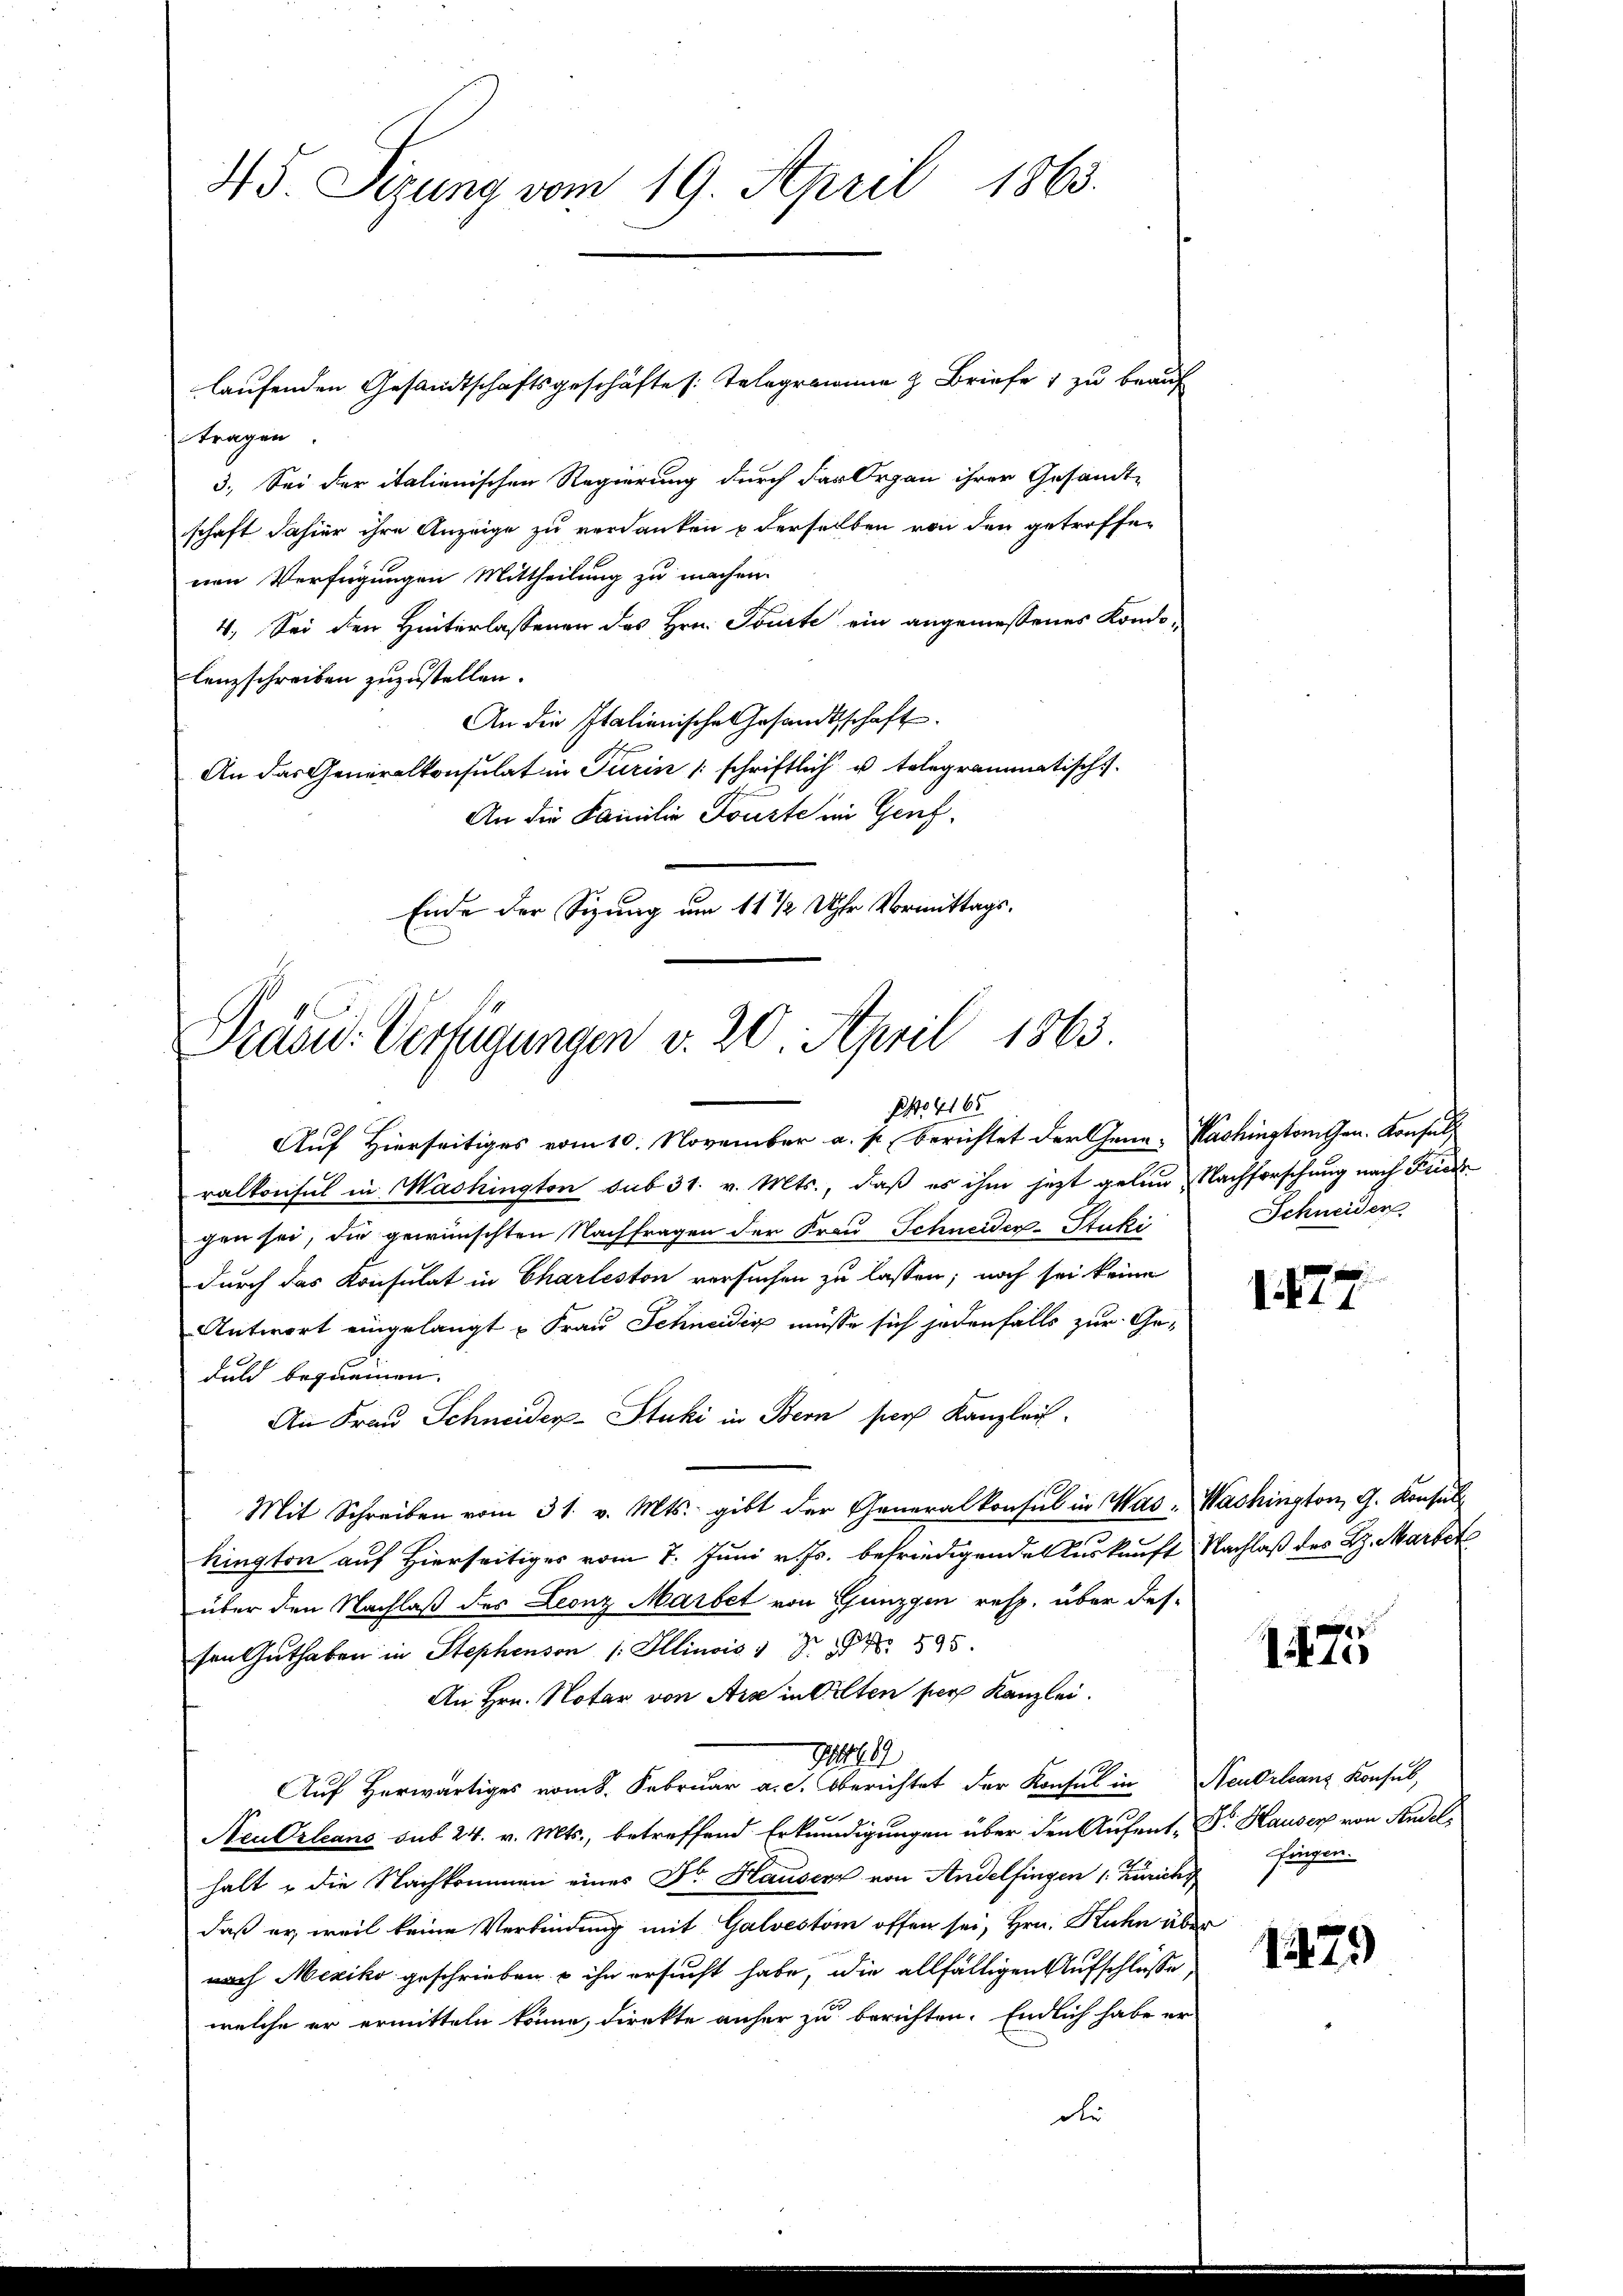
45. Sizung vom 19. April 1863.

laufenden Gesandtschaftsgeschäfte : Telegerinne z. Briefe 1 zu beauf
tragen.
3. Sei der italienischen Regierung durch der Organ ihrer Gesandtschaft dahier ihre Anzeige zu verdanken u derselben von den getroffen
nen Verfügungen Mittheilung zu machen.
4. Sei den Hinterlassenen des Hrn. Toute ein angemessenes Kondilenzschreiben zuzustellen.
An die Italienische Gesandtschaft
An das Generalkonsulat in Turin schriftlich u telegrammatisch
An die Familie Sonste im Genf¬
Ende der Sizung um 11 1/2 Uhr Vormittags.

Präsid. Verfügungen v. 20. April 1863.
NNo. 4165

Auf Hierseitiges vom 10. November a. p. berichtet der Gene-Hashingtongen. Konsuls
ralkonsul in Mashington sub 31. v. Mts., daß es ihm jetzt gelen Nachforschung nach Friede
gen sei, die gewünschten Nachfragen der Frau Schneider-Stuki
durch das Konsulat in Charleston versuchen zu lassen, noch sei keine
Antwort eingelangt u Frau Schneidig müsse sich jedenfalls zur Ge-
duld bequemen.
An Frau Schneider-Stuki in Bern für Kanzleit
Mit Schreiben vom 31. v. Mts. gibt der Generalkonsul in Was Washington G. Konsul
kington auf Hierseitiges vom 7. Juni v. Js. befriedigende Auskunft Nachlaß des H. Martet
über den Nachlaß des Leonz Marbet von Ganzen resp. über des-
sen Guthaben in Stephenson /: Illinois" Dr. Fr. 595.
An Hrn. Notar von Ara in Olten per Kanzlei.
211491
Auf Herwärtiges vom 8. Februar a.c. Oberichtet der Konsul in Neudrleanz Konsul,
2
Neu Orleans sub 24. v. Mts., betreffend Erkundigungen über den Aufent- Dr. Hauser von Andelhalt u die Nachkommen eines Dr. Hausers von Andelfingen 1. Zürichy fingen.
daß er, weil keine Verbindung mit Galvestom offen sei, Hrn. Kuhn über
nach Mexiko geschrieben u ihn ersucht habe, die allfälligen Aufschlüsse,
welche er ermitteln könne, direkte anher zu berichten. Endlich habe er
die

Schneider

177

14715

1479